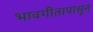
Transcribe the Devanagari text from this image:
भावगीतापासून